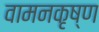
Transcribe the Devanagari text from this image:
वामनकृष्ण